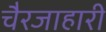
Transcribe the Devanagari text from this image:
चैरजाहारी